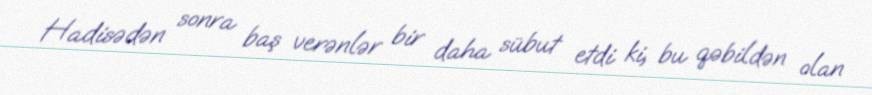
Hadisədən sonra baş verənlər bir daha sübut etdi ki, bu qəbildən olan